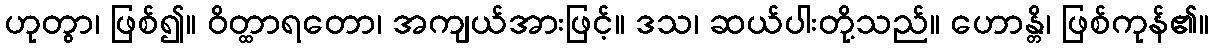
ဟုတွာ၊ ဖြစ်၍။ ဝိတ္ထာရတော၊ အကျယ်အားဖြင့်။ ဒသ၊ ဆယ်ပါးတို့သည်။ ဟောန္တိ၊ ဖြစ်ကုန်၏။